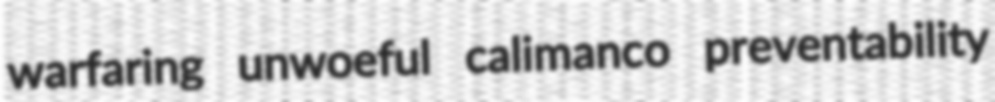
warfaring unwoeful calimanco preventability